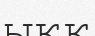
ыққ